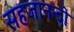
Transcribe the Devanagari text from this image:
सहजानन्दो